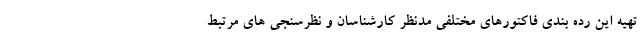
تهیه این رده بندی فاکتورهای مختلفی مدنظر کارشناسان و نظرسنجی های مرتبط